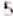
5